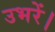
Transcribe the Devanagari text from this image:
उभरें।